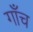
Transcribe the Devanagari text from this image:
गाँच